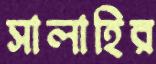
সালাহির